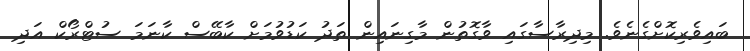
ބައިވެރިކޮށްގެނެވެ. މިދިރާސާގައި ވާގޮތުން މާގިނައިން ތަދު ކަޑުވުމަށް ކާބޭސް ކާނަމަ ސުޓްރޯކް އަދި